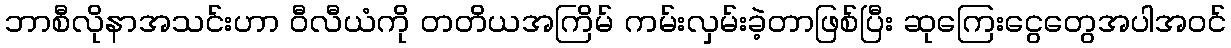
ဘာစီလိုနာအသင်းဟာ ဝီလီယံကို တတိယအကြိမ် ကမ်းလှမ်းခဲ့တာဖြစ်ပြီး ဆုကြေးငွေတွေအပါအဝင်